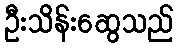
ဦးသိန်းဆွေသည်